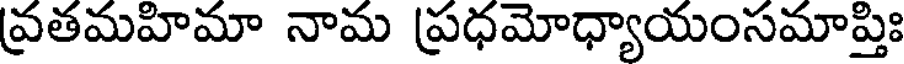
వ్రతమహిమా నామ ప్రధమోధ్యాయంసమాప్తిః